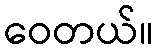
ဝေတယ်။